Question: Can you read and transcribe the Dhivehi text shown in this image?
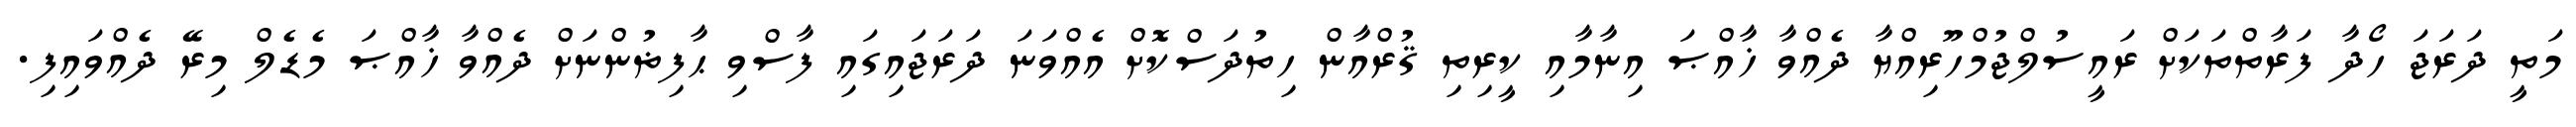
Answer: މަތީ ދަރަޖަ ހޯދާ ފަރާތްތަކަށް ރައީސުލްޖުމްހޫރިއްޔާ ދެއްވާ ޚާއްޞަ އިނާމާއި ކީރިތި ޤުރްއާން ހިތުދަސްކޮށް އެއްވަނަ ދަރަޖައިގައި ފާސްވި ޙާފިޡުންނަށް ދެއްވާ ޚާއްޞަ މެޑެލް މިރޭ ދެއްވައިފި.